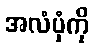
အလံပုံကို